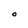
Character: O